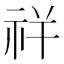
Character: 𰧵